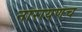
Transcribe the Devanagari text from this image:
नारायणच